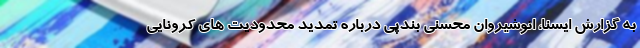
به گزارش ایسنا، انوشیروان محسنی بندپی درباره تمدید محدودیت های کرونایی